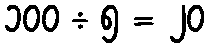
၁၀၀ ÷ ၅ = ၂၀